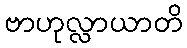
ဗာဟုလ္လာယာတိ